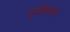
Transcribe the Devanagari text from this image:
पृ्थ्वीवरील